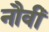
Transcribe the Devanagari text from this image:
नौवीँ